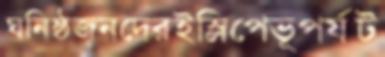
ঘনিষ্ঠজনদেরইস্লিপেভূপর্যট